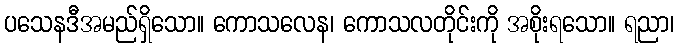
ပသေနဒီအမည်ရှိသော။ ကောသလေန၊ ကောသလတိုင်းကို အစိုးရသော။ ရညာ၊